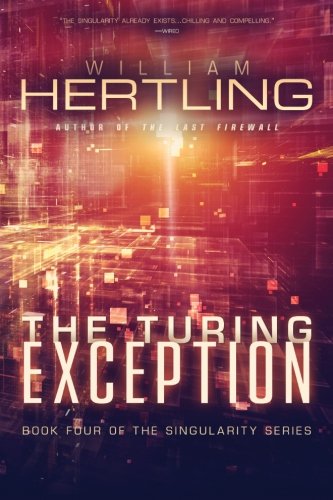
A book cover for The Turing Exception (Singularity) (Volume 4); William Hertling; Science Fiction & Fantasy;